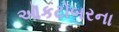
ઑકટોબરના